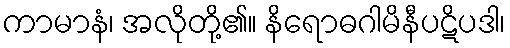
ကာမာနံ၊ အလိုတို့၏။ နိရောဓဂါမိနီပဋိပဒါ၊